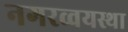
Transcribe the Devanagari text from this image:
नगरव्वयस्था